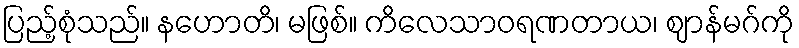
ပြည့်စုံသည်။ နဟောတိ၊ မဖြစ်။ ကိလေသာဝရဏတာယ၊ ဈာန်မဂ်ကို